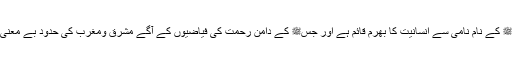
جسﷺ کے نام نامی سے انسانیت کا بھرم قائم ہے اور جسﷺ کے دامن رحمت کی فیاضیوں کے آگے مشرق ومغرب کی حدود بے معنی ہیں۔